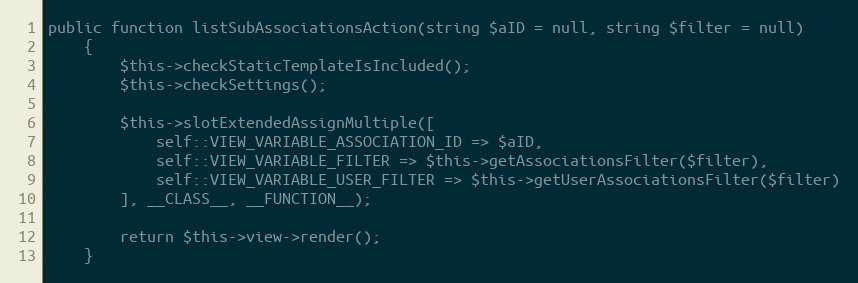
Language: PHP
public function listSubAssociationsAction(string $aID = null, string $filter = null)
    {
        $this->checkStaticTemplateIsIncluded();
        $this->checkSettings();

        $this->slotExtendedAssignMultiple([
            self::VIEW_VARIABLE_ASSOCIATION_ID => $aID,
            self::VIEW_VARIABLE_FILTER => $this->getAssociationsFilter($filter),
            self::VIEW_VARIABLE_USER_FILTER => $this->getUserAssociationsFilter($filter)
        ], __CLASS__, __FUNCTION__);

        return $this->view->render();
    }